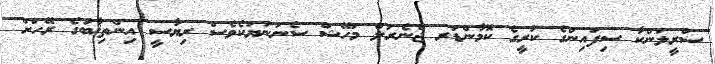
ސްރީލަންކާ ސިފައިންގެ ކުރީގެ ކޮމާންޑަރ ޖެނެރަލް މަހޭޝް ސެނަނަޔަކެވެސް ރިޔާސީ އިންތިޚާބުގެ ރޭހަށް